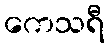
ကေသရီ